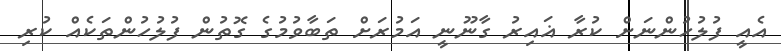
އެއީ ފުލުހުންނަށް ކުރާ ޣައިރު ގާނޫނީ އަމުުރަށް ތަބާވުމުގެ ގޮތުން ފުލުހުންތަކެއް ކުރި